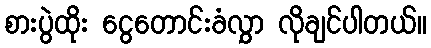
စားပွဲထိုး ငွေတောင်းခံလွှာ လိုချင်ပါတယ်။